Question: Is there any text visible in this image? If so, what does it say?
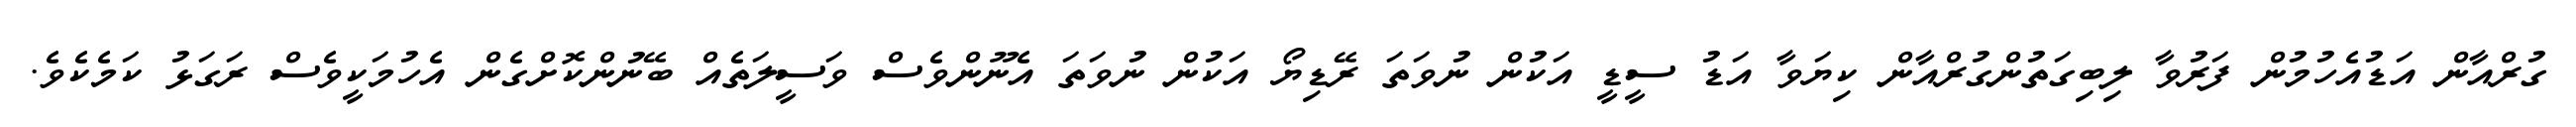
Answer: ގުރްއާން އަޑުއެހުމުން ފަރުވާ ލިބިގަތުންގުރްއާން ކިޔަވާ އަޑު ސީޑީ އަކުން ނުވަތަ ރޭޑިޔޯ އަކުން ނުވަތަ އެނޫންވެސް ވަސީލަތެއް ބޭނުންކޮށްގެން އެހުމަކީވެސް ރަގަޅު ކަމެކެވެ.